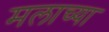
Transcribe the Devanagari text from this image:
मलाच्या